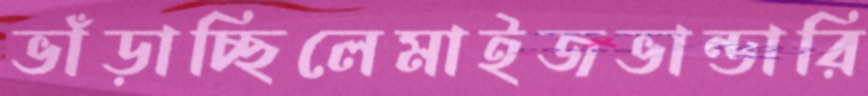
ভাঁড়াচ্ছিলেমাইজভান্ডারি